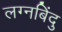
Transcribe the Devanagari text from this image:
लग्नबिंदु